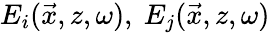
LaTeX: E_{i}(\vec{x},z,\omega),~E_{j}(\vec{x},z,\omega)